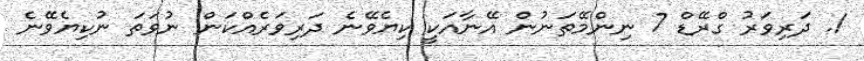
1. ދަރިވަރު ގްރޭޑް 7 ނިންމޭތަނުން އޭނާއަކީ ކިޔެވޭނެ ދަރިވަރެއްކަން ނުވަތަ ނުކިޔެވޭނެ